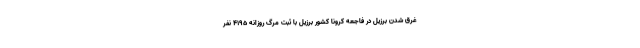
غرق شدن برزیل در فاجعه کرونا کشور برزیل با ثبت مرگ روزانه 4195 نفر